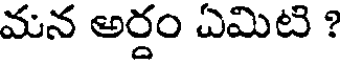
మన అర్దం ఏమిటి ?